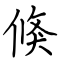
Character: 倏